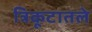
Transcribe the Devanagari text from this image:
त्रिकूटातले